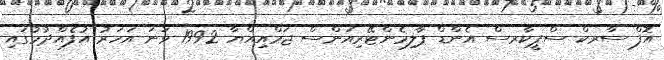
އޮފް ސާރކް ސްޕީކާރސް އެންޑް ޕާލިމެންޓޭރިއަންސް ޖަމްއިއްޔާ 1992 ވަނަ އަހަރު އުފެއްދުމުގައި